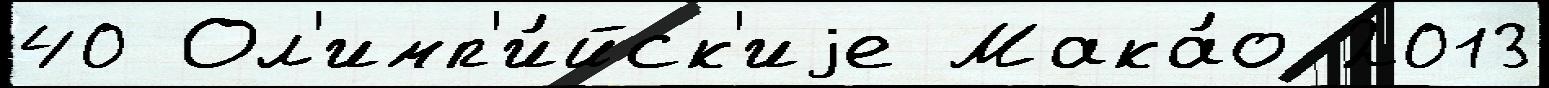
40 Ол'имп'и́йск'иjе Мака́о 2013